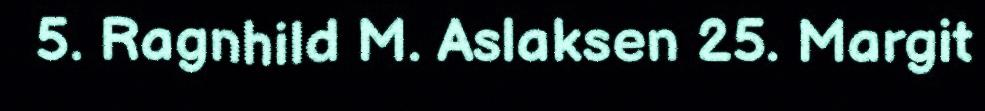
5. Ragnhild M. Aslaksen 25. Margit